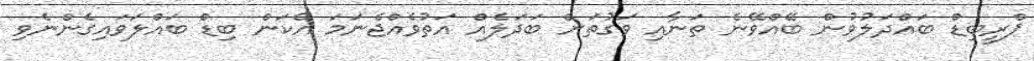
ޕްރީބިޑް ބައްދަލުވުން ބޭއްވޭނެ ތަނާއި ވަގުތަށް ބަދަލެއް އަތުވެއްޖެނަމަ އެކަން ބިޑް ބައްލަވައިގެންނެވި